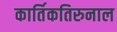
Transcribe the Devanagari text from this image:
कार्तिकतिरुनाल